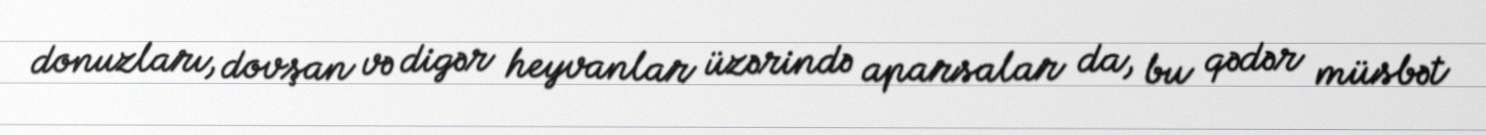
donuzları, dovşan və digər heyvanlar üzərində aparsalar da, bu qədər müsbət